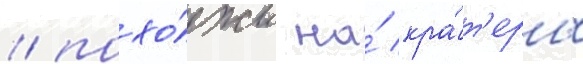
/ похо́жи на́ кра́т'еры